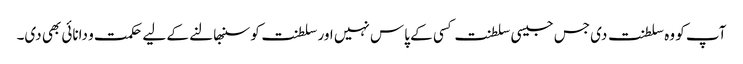
آپ کو وہ سلطنت دی جس جیسی سلطنت کسی کے پاس نہیں اور سلطنت کو سنبھالنے کے لیے حکمت و دانائی بھی دی۔